Scottish Leaving Certificate Examination, 1952
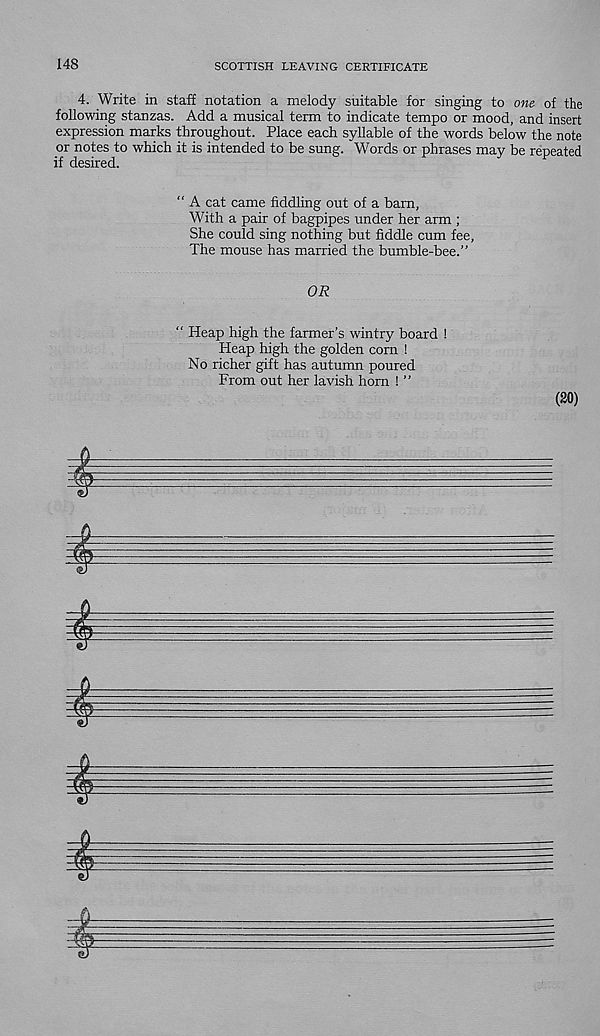
148
SCOTTISH LEAVING CERTIFICATE
4. Write in staff notation a melody suitable for singing to one of the
following stanzas. Add a musical term to indicate tempo or mood, and insert
expression marks throughout. Place each syllable of the words below the note
or notes to which it is intended to be sung. Words or phrases may be repeated
if desired.
“ A cat came fiddling out of a bam,
With a pair of bagpipes under her arm ;
She could sing nothing but fiddle cum fee.
The mouse has married the bumble-bee.”
OR
“ Heap high the farmer’s wintry board !
Heap high the golden com !
No richer gift has autumn poured
From out her lavish horn ! ”